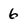
Character: 6